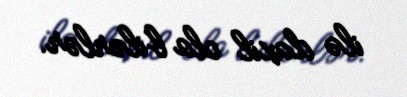
ilə daxil ola bilərlər.